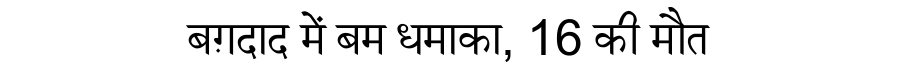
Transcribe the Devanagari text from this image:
बग़दाद में बम धमाका, 16 की मौत